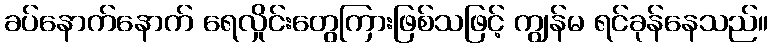
ခပ်နောက်နောက် ရေလှိုင်းတွေကြားဖြစ်သဖြင့် ကျွန်မ ရင်ခုန်နေသည်။